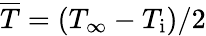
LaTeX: {\overline{T}}=(T_{\infty}-T_{\mathrm{i}})/2